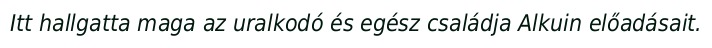
Itt hallgatta maga az uralkodó és egész családja Alkuin előadásait.